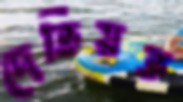
দেভিয়ভ